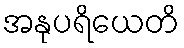
အနုပရိယေတိ